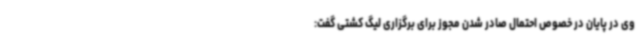
وی در پایان در خصوص احتمال صادر شدن مجوز برای برگزاری لیگ کشتی گفت: